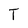
Character: T